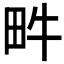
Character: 𤰼